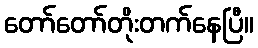
တော်တော်တိုးတက်နေပြီ။